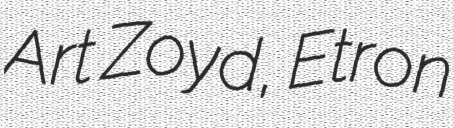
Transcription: Art Zoyd, Etron